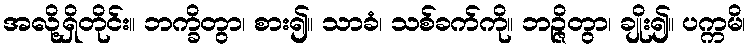
အလို့ရှိတိုင်း။ ဘက္ခိတွာ၊ စား၍။ သာခံ၊ သစ်ခက်ကို။ ဘဉ္ဇိတွာ၊ ချိုး၍။ ပက္ကမိ၊